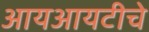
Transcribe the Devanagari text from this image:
आयआयटीचे